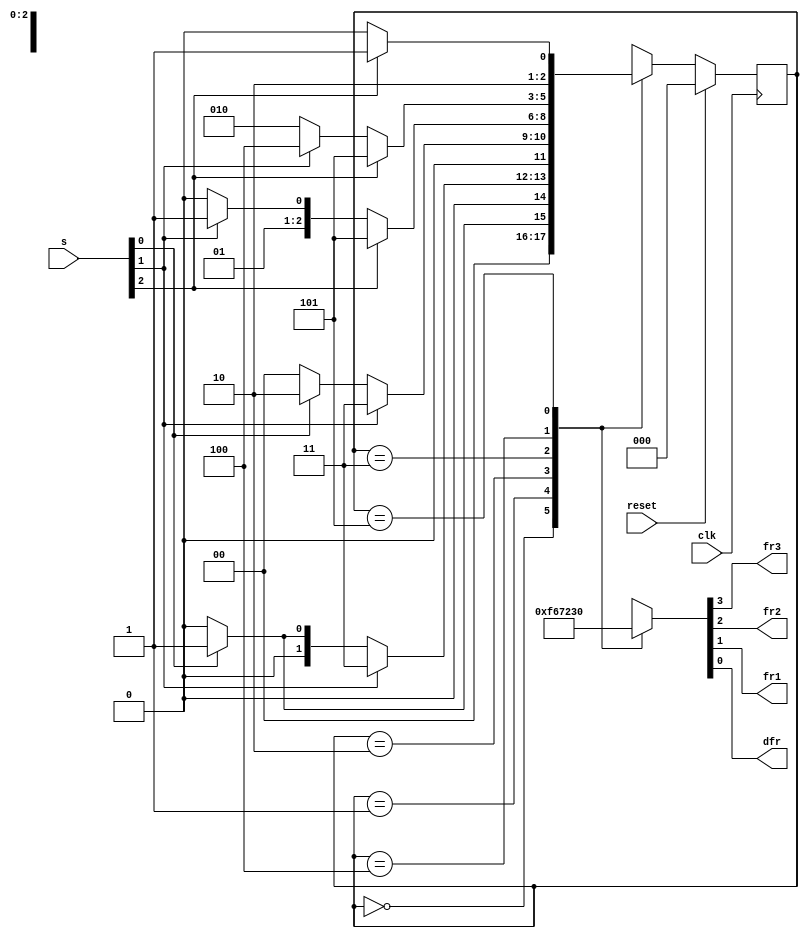
module top_module (
    input clk,
    input reset,
    input [3:1] s,
    output fr3,
    output fr2,
    output fr1,
    output dfr
); 
    
    // Give state names and assignments. I'm lazy, so I like to use decimal numbers.
	// It doesn't really matter what assignment is used, as long as they're unique.
	// We have 6 states here.
	parameter Under_S1=0, S1_S2_norm=1, S1_S2_supp=2, S2_S3_norm=3, S2_S3_supp=4, Above_S3=5;
	reg [2:0] state, next;		// Make sure these are big enough to hold the state encodings.
	


    // Edge-triggered always block (DFFs) for state flip-flops. Synchronous reset.	
	always @(posedge clk) begin
		if (reset) state <= Under_S1;
		else state <= next;
	end



    // Combinational always block for state transition logic. Given the current state and inputs,
    // what should be next state be?
    // Combinational always block: Use blocking assignments.    
	always@(*) begin
		case (state)
			Under_S1: next = s[1] ? S1_S2_norm : Under_S1;
			S1_S2_norm: next = s[2] ? S2_S3_norm : (s[1] ? S1_S2_norm : Under_S1);
			S1_S2_supp: next = s[2] ? S2_S3_norm : (s[1] ? S1_S2_supp : Under_S1);
			S2_S3_norm: next = s[3] ? Above_S3 : (s[2] ? S2_S3_norm : S1_S2_supp);
			S2_S3_supp: next = s[3] ? Above_S3 : (s[2] ? S2_S3_supp : S1_S2_supp);
			Above_S3: next = s[3] ? Above_S3 : S2_S3_supp;
			default: next = 'x;
		endcase
	end
	
	
	
	// Combinational output logic. In this problem, a procedural block (combinational always block) 
	// is more convenient. Be careful not to create a latch.
	always@(*) begin
		case (state)
            Under_S1: {fr3, fr2, fr1, dfr} = 4'b1111; //under_S1
			S1_S2_norm: {fr3, fr2, fr1, dfr} = 4'b0110; //s1_s2_norm
			S1_S2_supp: {fr3, fr2, fr1, dfr} = 4'b0111; //s1_s2_supp
			S2_S3_norm: {fr3, fr2, fr1, dfr} = 4'b0010; //s2_s3_norm
			S2_S3_supp: {fr3, fr2, fr1, dfr} = 4'b0011; //s2_s3_supp
			Above_S3: {fr3, fr2, fr1, dfr} = 4'b0000; //above_s3
			default: {fr3, fr2, fr1, dfr} = 'x;
		endcase
	end

endmodule